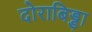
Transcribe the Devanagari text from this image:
दोराबिड्डा